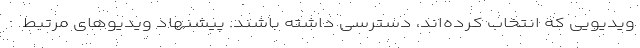
ویدیویی که انتخاب کرده‌اند، دسترسی داشته باشند. پیشنهاد ویدیوهای مرتبط